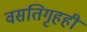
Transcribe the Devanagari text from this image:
वसतिगृहही